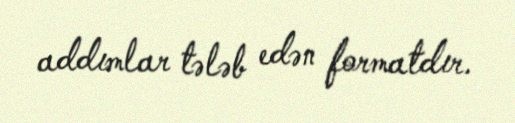
addımlar tələb edən formatdır.